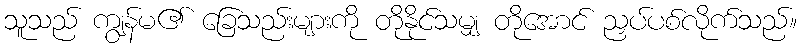
သူသည် ကျွန်မ၏ ခြေသည်းများကို တိုနိုင်သမျှ တိုအောင် ညှပ်ပစ်လိုက်သည်။